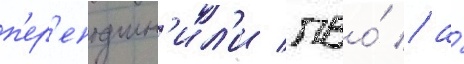
п'ер'еподчин'ил'и пво́ / а́